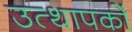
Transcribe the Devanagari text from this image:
उत्थापकों